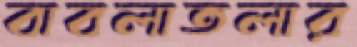
বাবলাতলার